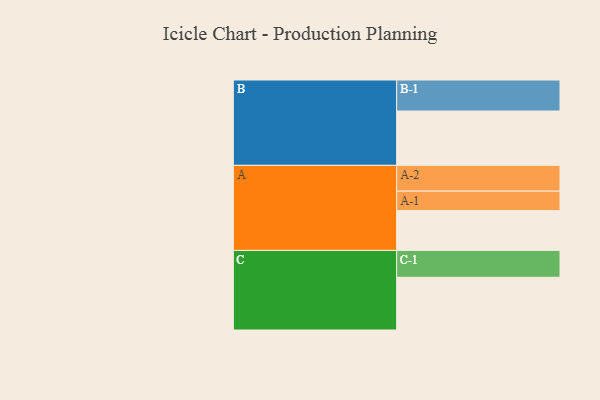
{"axis": {"x": "Segment", "y": "Value"}, "legend": ["", "A", "B", "C"], "data": [{"x": "A", "y": 372, "type": ""}, {"x": "B", "y": 508, "type": ""}, {"x": "C", "y": 493, "type": ""}, {"x": "A-1", "y": 182, "type": "A"}, {"x": "A-2", "y": 241, "type": "A"}, {"x": "B-1", "y": 290, "type": "B"}, {"x": "C-1", "y": 251, "type": "C"}]}